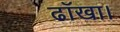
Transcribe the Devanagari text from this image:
ढाँखा।